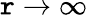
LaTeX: \mathtt{r}\rightarrow\infty